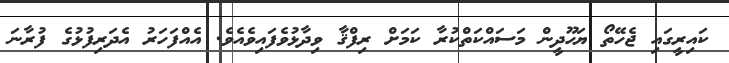
ކައިރީގައި ޖެހޭތޯ ޔަހޫދީން މަސައްކަތްކުރާ ކަމަށް ރިފްޤާ ވިދާޅުވެފައިވެއެވެ. އެއްފަހަރު އެދަރިފުޅުގެ ފުރާނަ